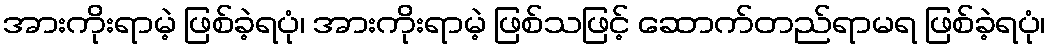
အားကိုးရာမဲ့ ဖြစ်ခဲ့ရပုံ၊ အားကိုးရာမဲ့ ဖြစ်သဖြင့် ဆောက်တည်ရာမရ ဖြစ်ခဲ့ရပုံ၊